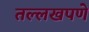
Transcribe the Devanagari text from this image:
तल्लखपणे